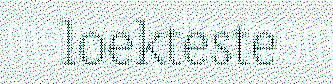
loekteste